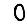
Digit: 0